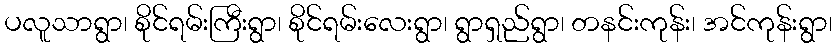
ပလူသာရွာ၊ စိုင်ရမ်းကြီးရွာ၊ စိုင်ရမ်းလေးရွာ၊ ရွာရှည်ရွာ၊ တနင်းကုန်း၊ အင်ကုန်းရွာ၊